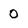
Character: 0